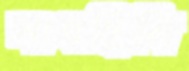
সাধছিলি